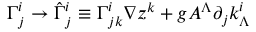
\Gamma _ { j } ^ { i } \rightarrow \hat { \Gamma } _ { j } ^ { i } \equiv \Gamma _ { j k } ^ { i } \nabla z ^ { k } + g A ^ { \Lambda } \partial _ { j } k _ { \Lambda } ^ { i }